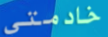
خادمتي